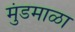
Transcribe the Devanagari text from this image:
मुंडमाळा